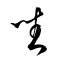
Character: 坐